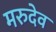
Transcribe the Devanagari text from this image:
मरुदेव